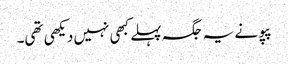
پپو نے یہ جگہ پہلے کبھی نہیں دیکھی تھی۔